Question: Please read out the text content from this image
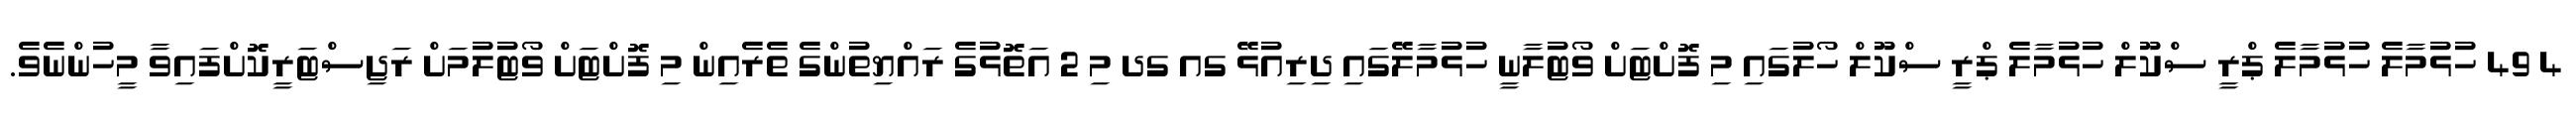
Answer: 4 49 ހުޅުމާލެ ހުޅުމާލެ ޕްރީ ސްކޫލް ހުޅުމާލެ ޕްރީ ސްކޫލް ހޯލުގައި މި ފޮށްޓަށް ވޯޓުލާނީ ހުޅުމާލޭގައި ދިރިއުޅޭ ގއ ގދ މި 2 އަތޮޅުގެ ރައްޔިތުންގެ ތެރެއިން މި ފޮށްޓަށް ވޯޓުލުމަށް ރަޖިސްޓަރީކޮށްފައިވާ މީހުންނެވެ.